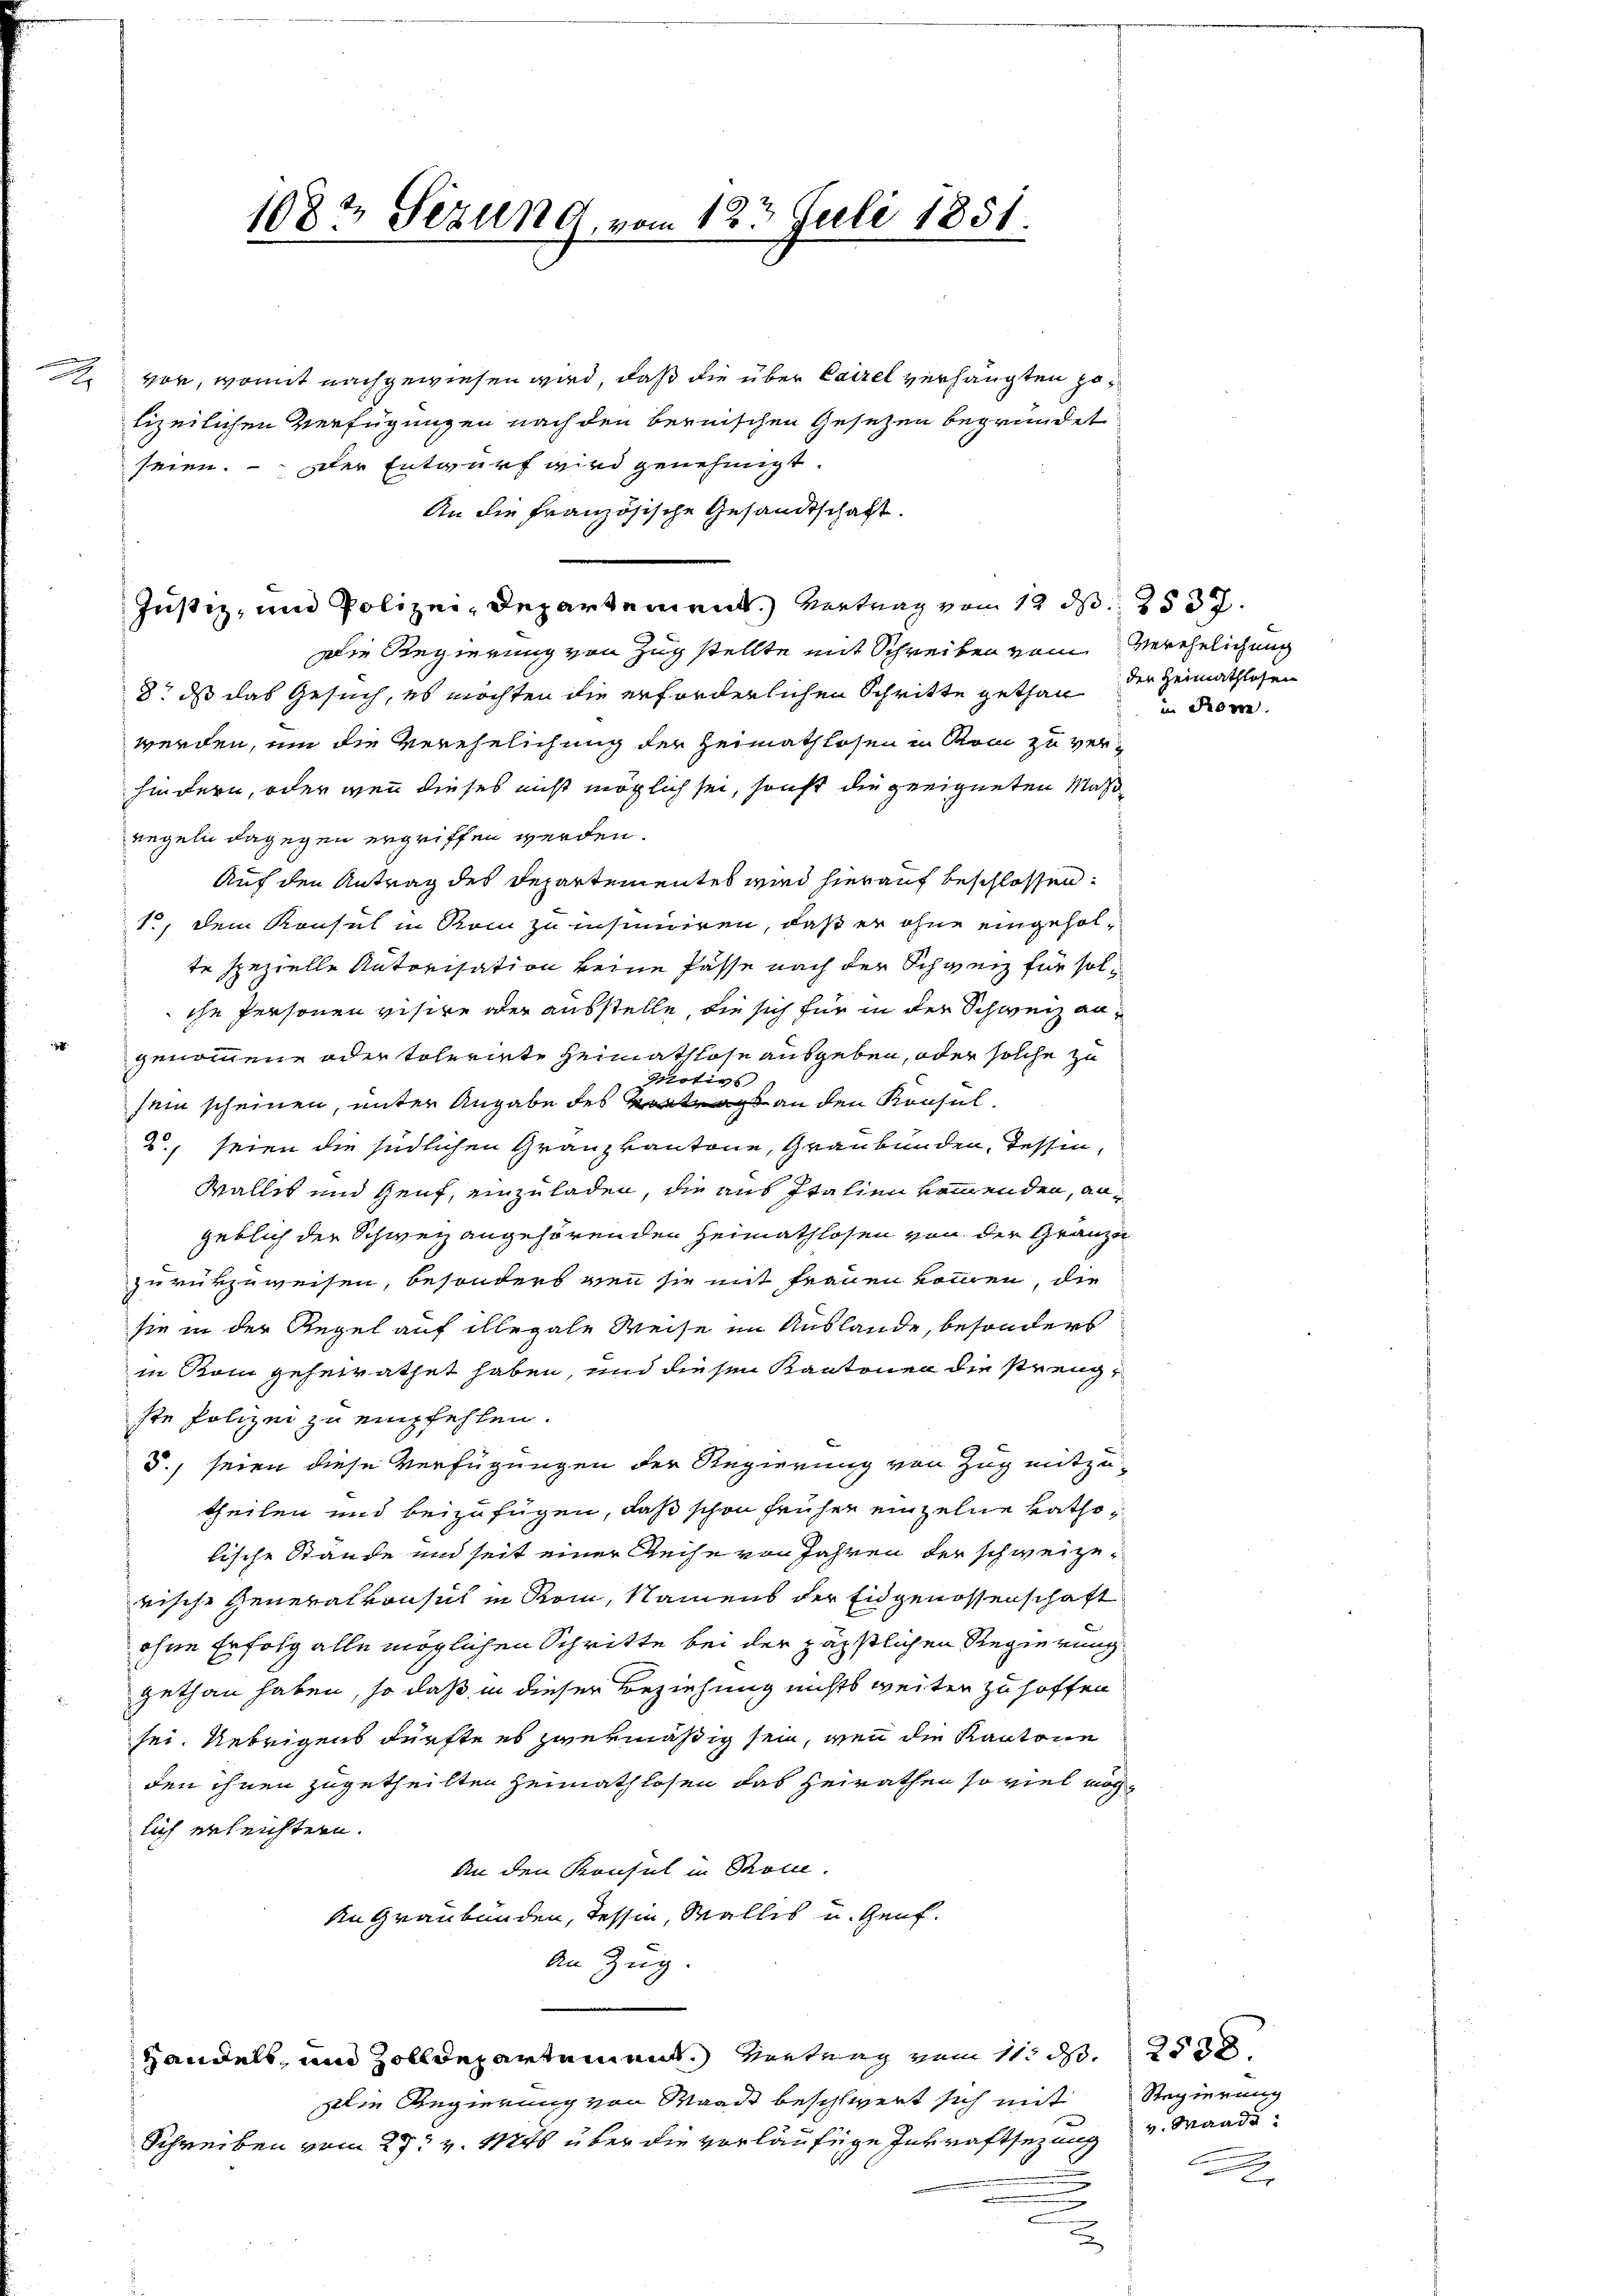
e

1082 Sitzung, vom 12t Juli 1851

vor, womit nachgewiesen wird, daß die über Cairel verhängten Hölizeilichen Verfügungen nach den bernischen Gesetzen begründet
seien. Der Entwurf wird genehmigt.
An die Französische Gesandtschaft.
Justiz, und Polizei, Departement) Vertrag vom 12. d. 253.
Die Regierung von Zug stellte mit Schreiben vom Verehelichung
8t ds das Gesuch, es möchten die erforderlichen Schritte gethan
werden, um die Verehelichung der Heimathlosen in Rom zu verhindern, oder wenn dieses nicht möglich sei, sonst die geeigneten Maßregeln dagegen ergriffen werden.
Auf den Antrag des Departementes wird hierauf beschlossen:
1, dem Konsul in Rom zu insuniciren, daß er ohne eingeholte spezielle Autorisation keine Pässe nach der Schweiz für solche Personen visire oder ausstelle, die sich für in der Schweiz angenommene oder toleriete Heimathlose ausgeben, oder solche zu
Motivs
sein scheinen, unter Angabe des Vortrag an den Konsul¬
2., seien die südlichen Granzkantone, Graubünden, Tessin,
Wallis und Genf, einzuladen, die aus Italien kommenden, angeblich der Schweiz angehörenden Heimathlosen von der Gränze
zurükzuweisen, besonders von sie mit Frauen kommen, die
sie in der Regel auf illegale Weise im Auslande, besonders
in Kann geheirathet haben, und diesen Kantonen die strengste Polizei zu empfehlen.
5., seien diese Verfügungen der Regierung von Zug mitzutheilen und beizufügen, daß schon früher einzelne katholische Stände und seit einer Reihe von Jahren der schweizerische Generalkonsul in Rom, Namens der Eidgenossenschaft
ohne Erfolg alle möglichen Schritte bei der päpstlichen Regierung
gethan haben, so daß in dieser Beziehung nichts weiter zu hoffen
sei. Uebrigens dürfte es zwekmäßig sein, wenn die Kantone
den ihnen zugetheilten Heimathlosen das Heirathen so viel möchlich erleichtern.
An den Konsul in Rolle.
An Graubünden, Tessin, Wallis u. Genf¬
An Zug.
Handels, und Zolldepartement. Vertrag vom 11. d. 253
Die Regierung von Waadt beschwert sich mit
Schreiben vom 27. v. Mts über die vorläufige Inkraftsetzung und Waadt¬
.
u
2

der Heimathlosen
in der

Regierung
.